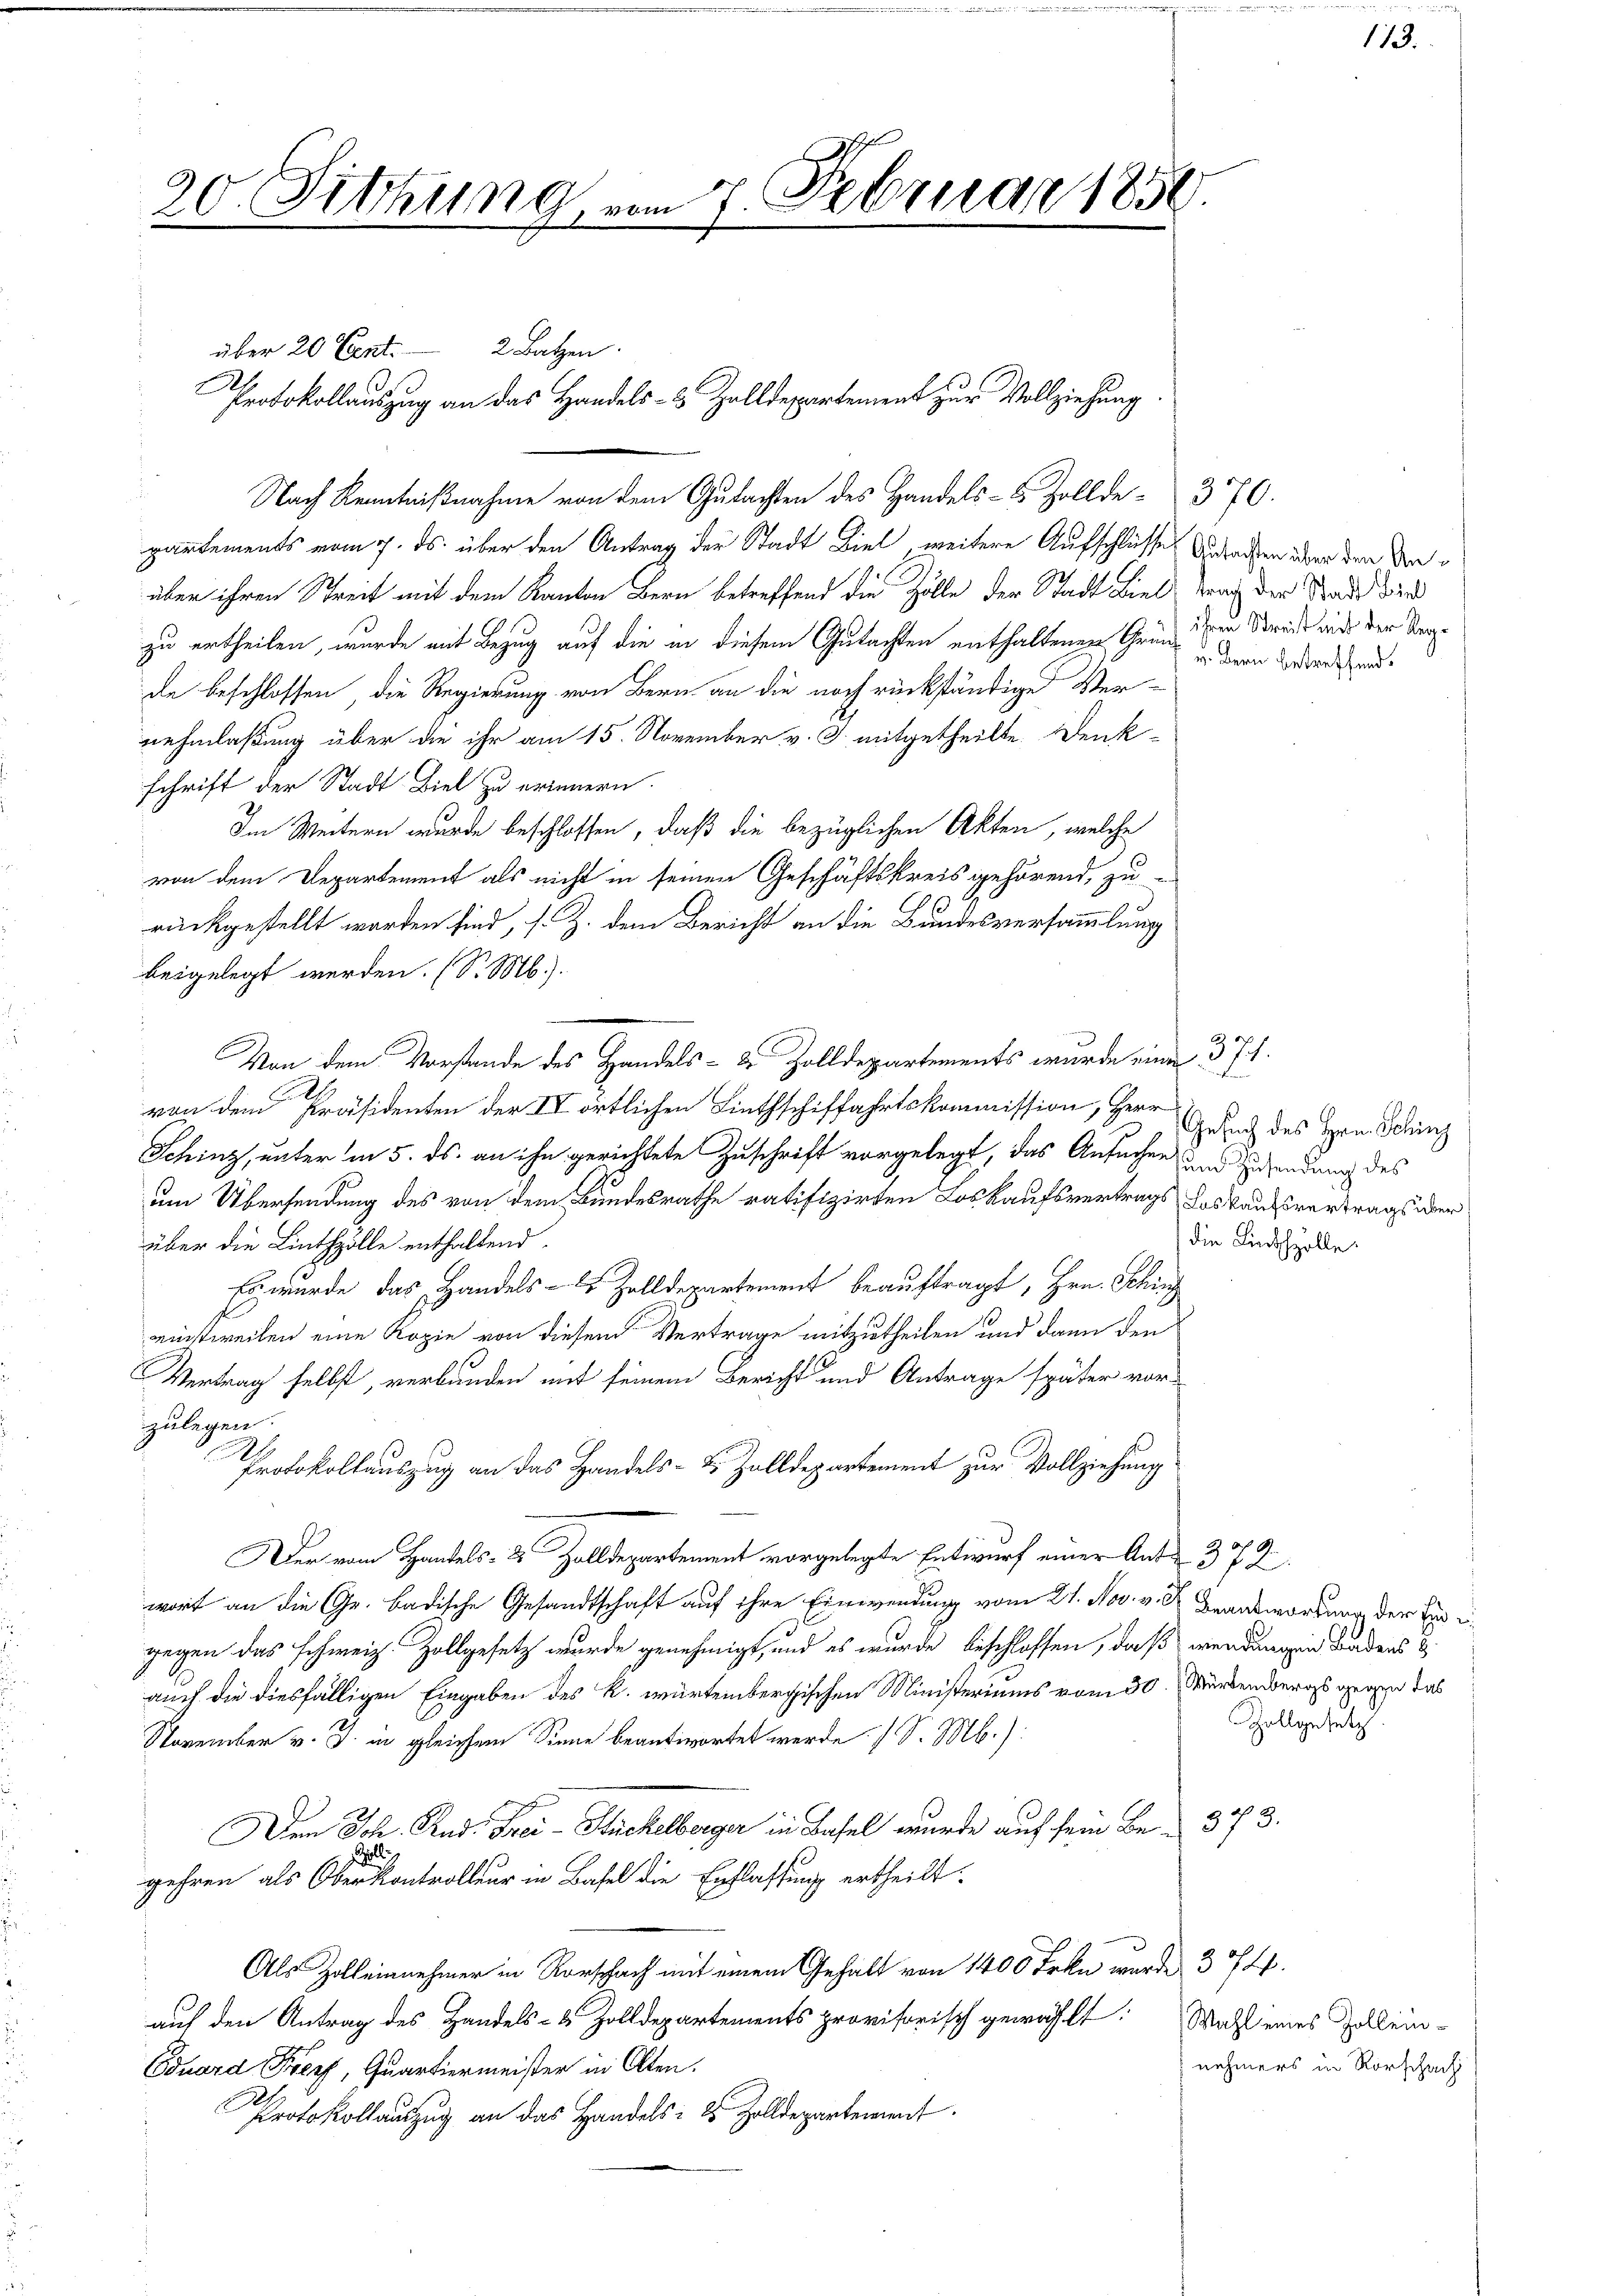
20. Sitzung vom 7. Februar 1850.

E

über 20 Cent. 2 Batzen.

Protokollauszug an das Handels- & Zolldepartement zur Vollziehung

Nach Kenntnißnahme von dem Gutachten des Handels- & Zolldepartements vom 7. ds. über den Antrag der Stadt Biel, weitere Aufschlüsse Geraden über den Verüber ihren Streit mit dem Kanton Bern betreffend die Zölle der Stadt Biel
zu ertheilen, wurde mit Bezug auf die in diesem Gutachten enthaltenen Gründe Streis wird der Sade beschlossen, die Regierung von Bern an die noch rückständige Ver-
nehmlaßung über die ihr am 15. November v. J. mitgetheilte Denk-
schrift der Stadt Biel zu erinnern.
Im Weitern wurde beschlossen, daß die bezüglichen Akten, welche
von dem Departement als nicht in seinen Geschäftskreis gehörend, zu-
rückgestellt worden sind, s. Z. dem Bericht an die Bundesversammlung
beigelegt werden. (S. M.)
Von dem Vorstande des Handels- & Zolldepartements wurde eine 371.
von dem Präsidenten der IV örtlichen Linthschiffahrtskommission, Herr
Schinz, unter in 5. ds. an ihn gerichtete Zuschrift vorgelegt, das Ansuchen
um Übersendung des von dem Bundesrathe ratifizirten Loskaufsvertrags loskaufsvertrags über
über die Linthzölle enthaltend
Es wurde das Handels- 2 Zolldepartement beauftragt, Hrn. Sching
einstweilen eine Kopie von diesem Vertrage mitzutheilen und dann den
Vertrag selbst, verbunden mit seinem Bericht und Antrage später vor-
zulegen.
6
Protokollauszug an das Handels- & Zolldepartement zur Vollziehung
Der vom Handels- & Zolldepartement vorgelegte Entwurf einer Ant. 372
wort an die Gr. Badische Gesandtschaft auf ihre Einwendung vom 21. Nov. v. R. Brauswortung der Vergegen das schweiz. Zollgesetz wurde genehmigt, und es wurde beschlossen, daß wendungen Badens d
auch die diesfälligen Eingaben des k. würtembergischen Ministeriums vom 30
November v. J. in gleichem Sinne beantwortet werde. (S. M.).
Dem Joh. Rud. Frei-Stückelberger in Basel wurde auf sein Be- 373
Zoll
gehren als Oberkontrolleur in Basel die Entlassung ertheilt.
Als Zolleinnehmer in Rorschach mit einem Gehalt von 1400 Frkn wurde 3744.
auf den Antrag des Handels- & Zolldepartements provisorisch gewählt
Eduard Freef, Quartiermeister in Olten.
Protokollauszug an das Handels- & Zolldepartement.

370.
trag der Stadt Biel
v. Bern betreffend.

113.

Gesuch des Hrn. Schinz
zum Zusendung des
die Linthzolle.

Würtembergs gegen das
Zollgesetz

Wahl eines Zolleinnehmers in Rorschach